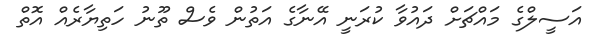
އަސީލްގެ މައްޗަށް ދައުވާ ކުރަނީ އޭނާގެ އަތުން ވެސް ތޫނު ހަތިޔާރެއް އޮތް